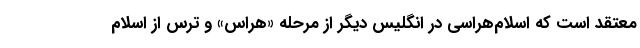
معتقد است که اسلام‌هراسی در انگلیس دیگر از مرحله «هراس» و ترس از اسلام